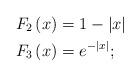
LaTeX: \begin{align*}F_{2}\left(x\right) & =1-\left|x\right|\\F_{3}\left(x\right) & =e^{-\left|x\right|};\end{align*}